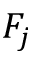
F _ { j }